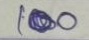
100